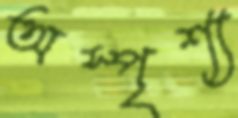
অস্পৃশ্য